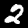
Label: 2